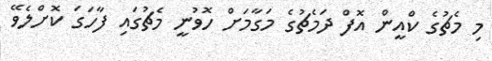
މި މެޗުގެ ކްއީން އޮފް ދަމެޗުގެ މަގާމަށް ހޮވުނީ މެޗުގައި ފާހަގަ ކޮށްލެވޭ